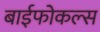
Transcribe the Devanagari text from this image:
बाईफोकल्स